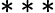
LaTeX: ***